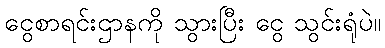
ငွေစာရင်းဌာနကို သွားပြီး ငွေ သွင်းရုံပဲ။